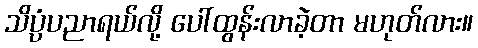
သိပ္ပံပညာရယ်လို့ ပေါ်ထွန်းလာခဲ့တာ မဟုတ်လား။